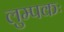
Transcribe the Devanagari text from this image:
लुम्पकः